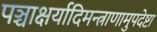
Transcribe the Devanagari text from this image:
पञ्चाक्षर्यादिमन्त्राणामुपदेष्टा